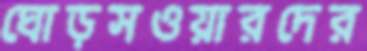
ঘোড়সওয়ারদের